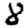
Digit: 8